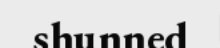
shunned